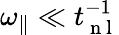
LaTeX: {\omega_{\parallel}}\ll t_{\mathrm{~n~l~}}^{-1}